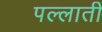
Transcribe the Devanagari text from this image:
पल्लाती